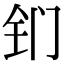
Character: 钔